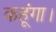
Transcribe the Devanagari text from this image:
कहूंगा।